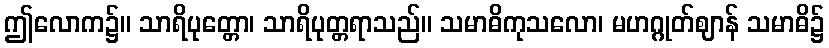
ဤလောက၌။ သာရိပုတ္တော၊ သာရိပုတ္တရာသည်။ သမာဓိကုသလော၊ မဟဂ္ဂုတ်ဈာန် သမာဓိ၌